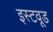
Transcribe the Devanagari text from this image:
इस्टवूड